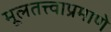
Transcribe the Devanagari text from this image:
मूलतत्त्वाप्रमाणे